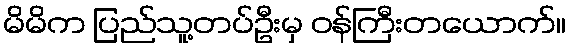
မိမိက ပြည်သူ့တပ်ဦးမှ ဝန်ကြီးတယောက်။